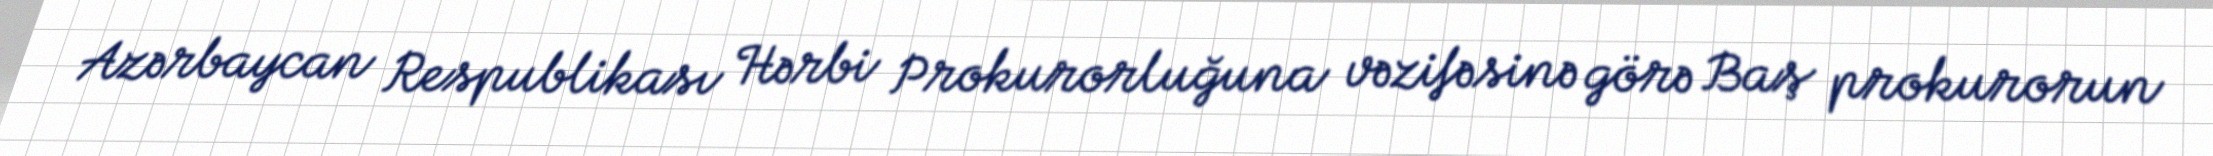
Azərbaycan Respublikası Hərbi Prokurorluğuna vəzifəsinə görə Baş prokurorun